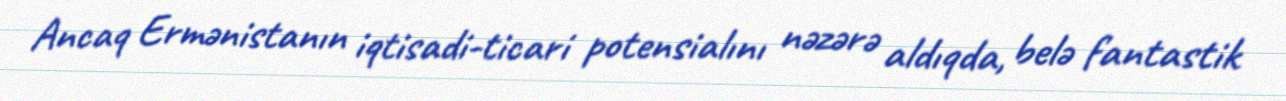
Ancaq Ermənistanın iqtisadi-ticari potensialını nəzərə aldıqda, belə fantastik